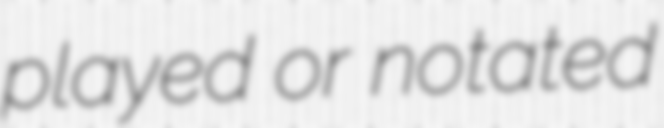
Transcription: played or notated